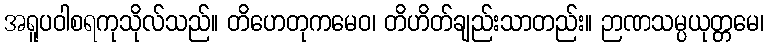
အရူပဝါစရကုသိုလ်သည်။ တိဟေတုကမေဝ၊ တိဟိတ်ချည်းသာတည်း။ ဉာဏသမ္ပယုတ္တမေ၊